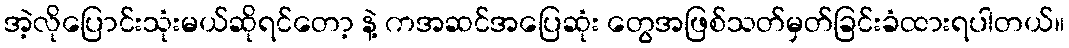
အဲ့လိုပြောင်းသုံးမယ်ဆိုရင်တော့ နဲ့ ကအဆင်အပြေဆုံး တွေအဖြစ်သတ်မှတ်ခြင်းခံထားရပါတယ်။